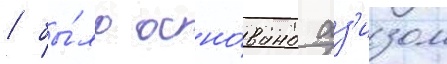
/ бы́ло осно́вано аз'изом